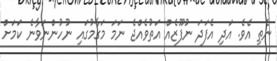
ނެތި އެވެ. އަދި އެފަދަ ނުފޫޒެއް އަތުވެއްޖެ ނަމަ މަގާމުގައި ނުހުންނަވާނެ ކަމަށް